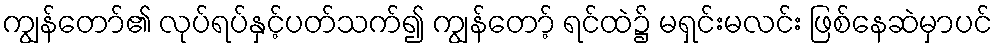
ကျွန်တော်၏ လုပ်ရပ်နှင့်ပတ်သက်၍ ကျွန်တော့် ရင်ထဲ၌ မရှင်းမလင်း ဖြစ်နေဆဲမှာပင်